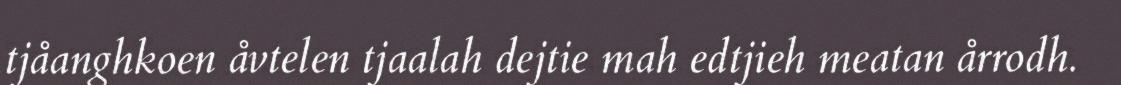
tjåanghkoen åvtelen tjaalah dejtie mah edtjieh meatan årrodh.